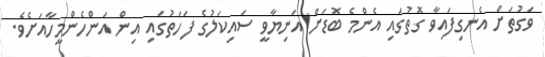
ވަގުތަށް އެނގިފައިވާ ގޮތުގައި އެންމެ ބޮޑަށް އަނިޔާވީ ސައިކަލުގެ ފަހަތުގައި އިން އަންހެންމީހާއަށެވެ.